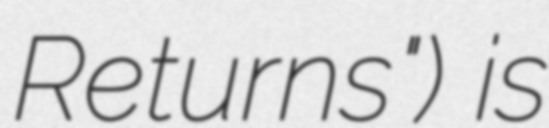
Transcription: Returns") is